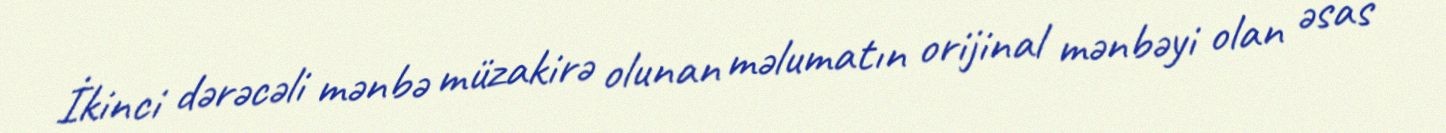
İkinci dərəcəli mənbə müzakirə olunan məlumatın orijinal mənbəyi olan əsas